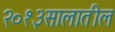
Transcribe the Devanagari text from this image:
२०१३सालातील